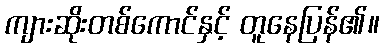
ကျားဆိုးတစ်ကောင်နှင့် တူနေပြန်၏။